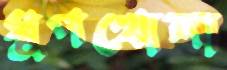
ধুপখোলা